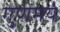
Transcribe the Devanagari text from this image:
गुणमये